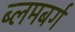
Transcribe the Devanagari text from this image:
ब्लमबर्ग